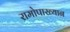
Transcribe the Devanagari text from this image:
रामोपाख्यान